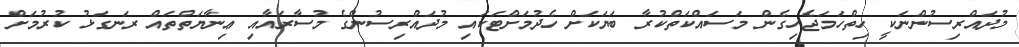
މުދައްރިސުންނަކީ ހިތްހަމަޖެހިގެން މަސައްކަތްކުރާ ބަޔަކަށް ހެދުމަށްޓަކައި މުދައްރިސުންގެ މުސާރައާއި ޢިނާޔަތްތައް ރަނގަޅު ކުރުމަށް